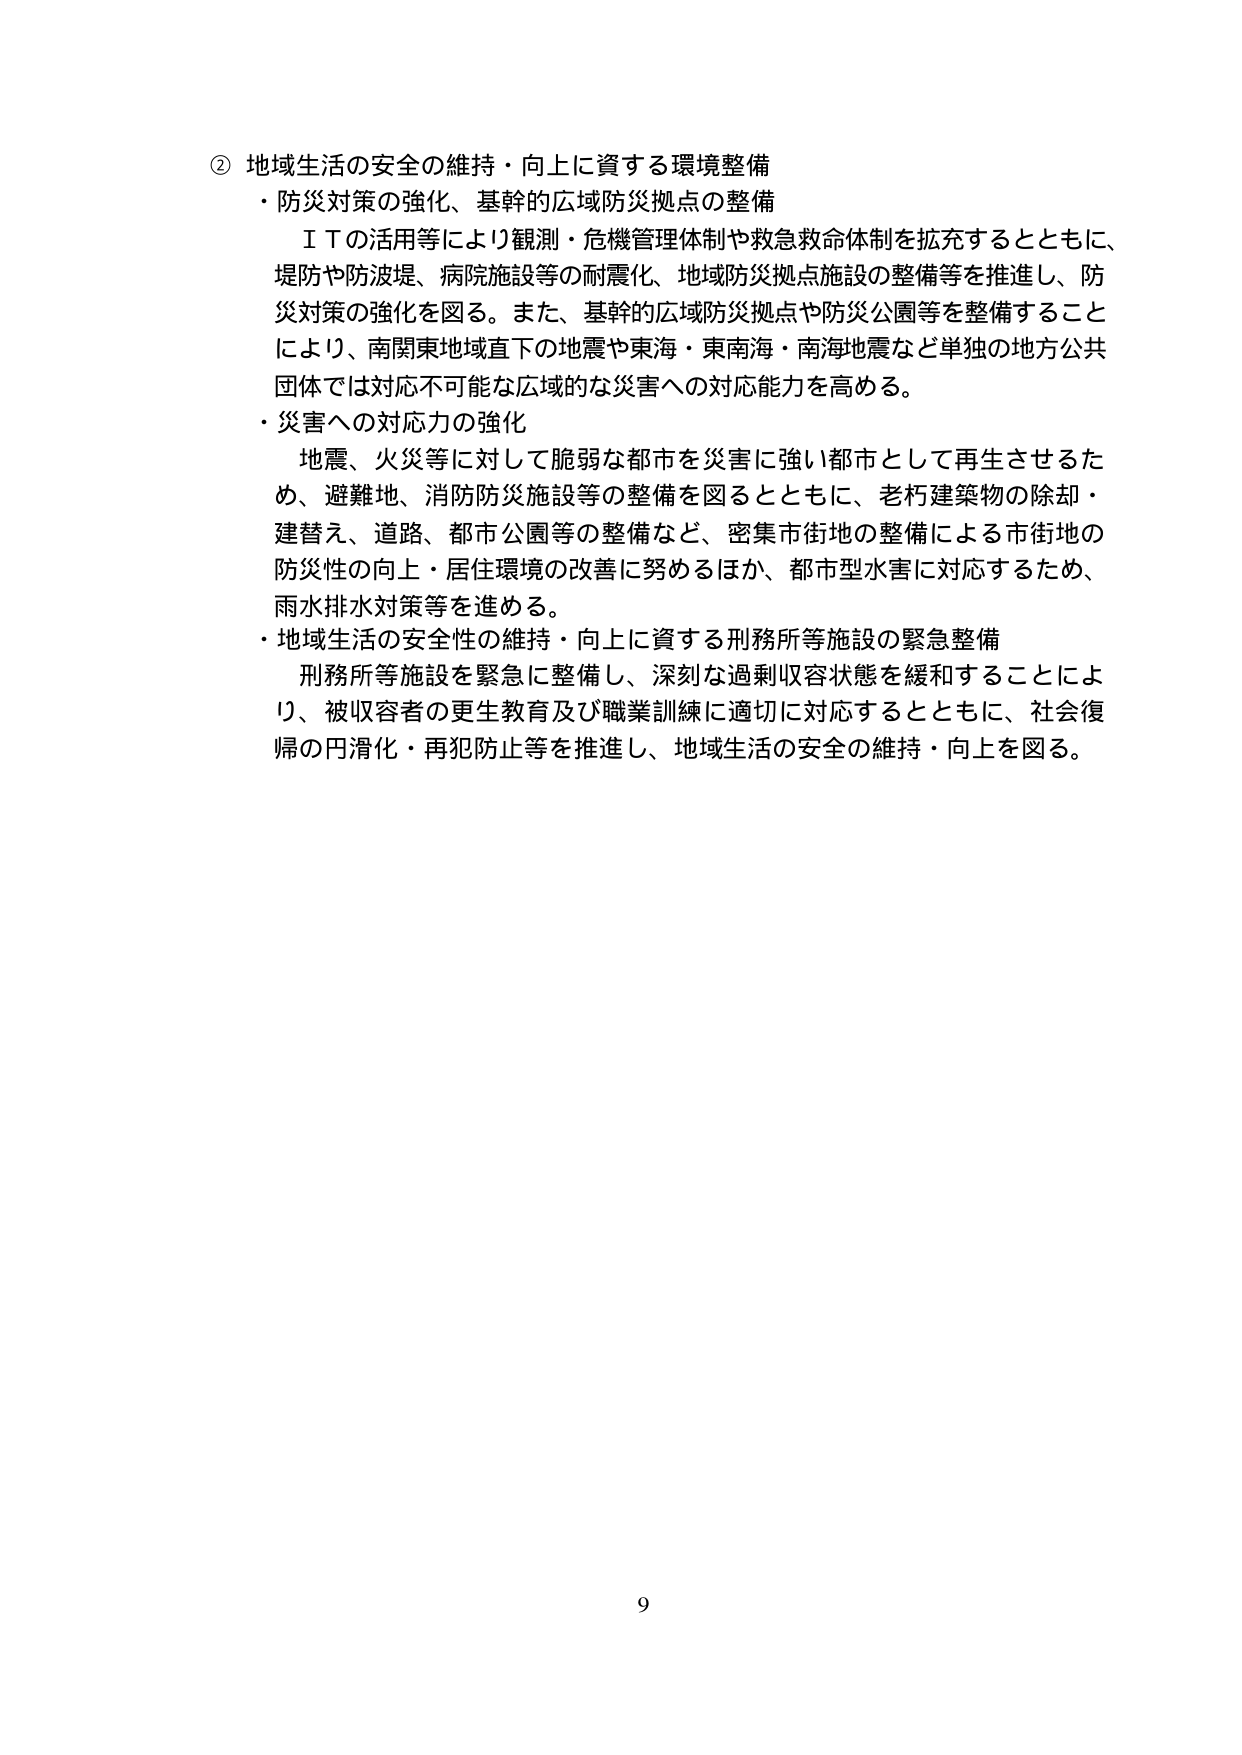
② 地域生活の安全の維持・向上に資する環境整備
・防災対策の強化、基幹的広域防災拠点の整備
　ＩＴの活用等により観測・危機管理体制や救急救命体制を拡充するとともに、
　堤防や防波堤、病院施設等の耐震化、地域防災拠点施設の整備等を推進し、防
　災対策の強化を図る。また、基幹的広域防災拠点や防災公園等を整備すること
　により、南関東地域直下の地震や東海・東南海・南海地震など単独の地方公共
　団体では対応不可能な広域的な災害への対応能力を高める。
・災害への対応力の強化
　地震、火災等に対して脆弱な都市を災害に強い都市として再生させるた
　め、避難地、消防防災施設等の整備を図るとともに、老朽建築物の除却・
　建替え、道路、都市公園等の整備など、密集市街地の整備による市街地の
　防災性の向上・居住環境の改善に努めるほか、都市型水害に対応するため、
　雨水排水対策等を進める。
・地域生活の安全性の維持・向上に資する刑務所等施設の緊急整備
　刑務所等施設を緊急に整備し、深刻な過剰収容状態を緩和することによ
　り、被収容者の更生教育及び職業訓練に適切に対応するとともに、社会復
　帰の円滑化・再犯防止等を推進し、地域生活の安全の維持・向上を図る。

9